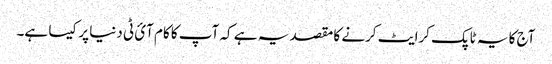
آج کا یہ ٹاپک کرایٹ کرنے کا مقصد یہ ہے کہ آپ کا کام آئ ٹی دنیا پر کیسا ہے۔